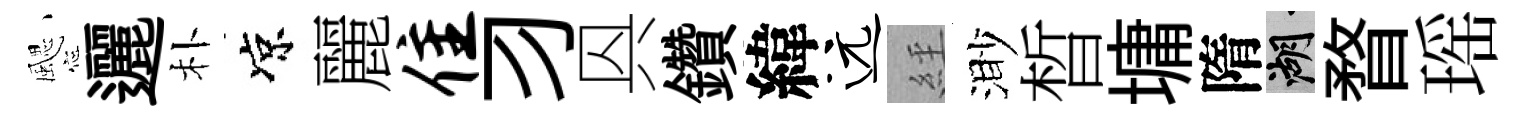
颸邐朴凉麗隹习㒷鑽緯远𦀇渺晳墉隋湖瞀瑶